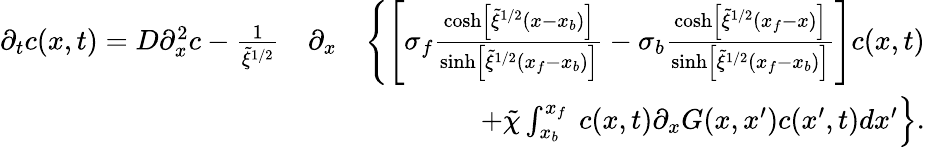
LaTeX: \begin{array}{rlr}{\partial_{t}c(x,t)=D\partial_{x}^{2}c-\frac{1}{\tilde{\xi}^{1/2}}}&{\partial_{x}}&{\left\{ \left[\sigma_{f}\frac{\cosh\left[\tilde{\xi}^{1/2}(x-x_{b})\right]}{\sinh\left[\tilde{\xi}^{1/2}(x_{f}-x_{b})\right]}-\sigma_{b}\frac{\cosh\left[\tilde{\xi}^{1/2}(x_{f}-x)\right]}{\sinh\left[\tilde{\xi}^{1/2}(x_{f}-x_{b})\right]}\right]c(x,t)\right.}\\ &{}&{\left.+\tilde{\chi}\int_{x_{b}}^{x_{f}}\ c(x,t)\partial_{x}G(x,x^{\prime})c(x^{\prime},t)dx^{\prime}\right\} .}\end{array}